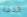
قدمه